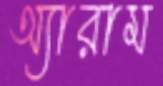
অ্যারাম